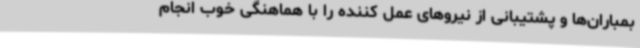
بمباران‌ها و پشتیبانی از نیروهای عمل کننده را با هماهنگی خوب انجام